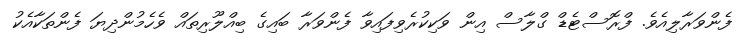
ފެންވަރާލިއެވެ. ފްރޮސްޓެޑް ގްލާސް އިން ވަކިކުރެވިފައިވާ ފެންވަރާ ބައިގެ ބިއްލޫރިތައް ވެހެމުންދިޔަ ފެންތަކާއެކު